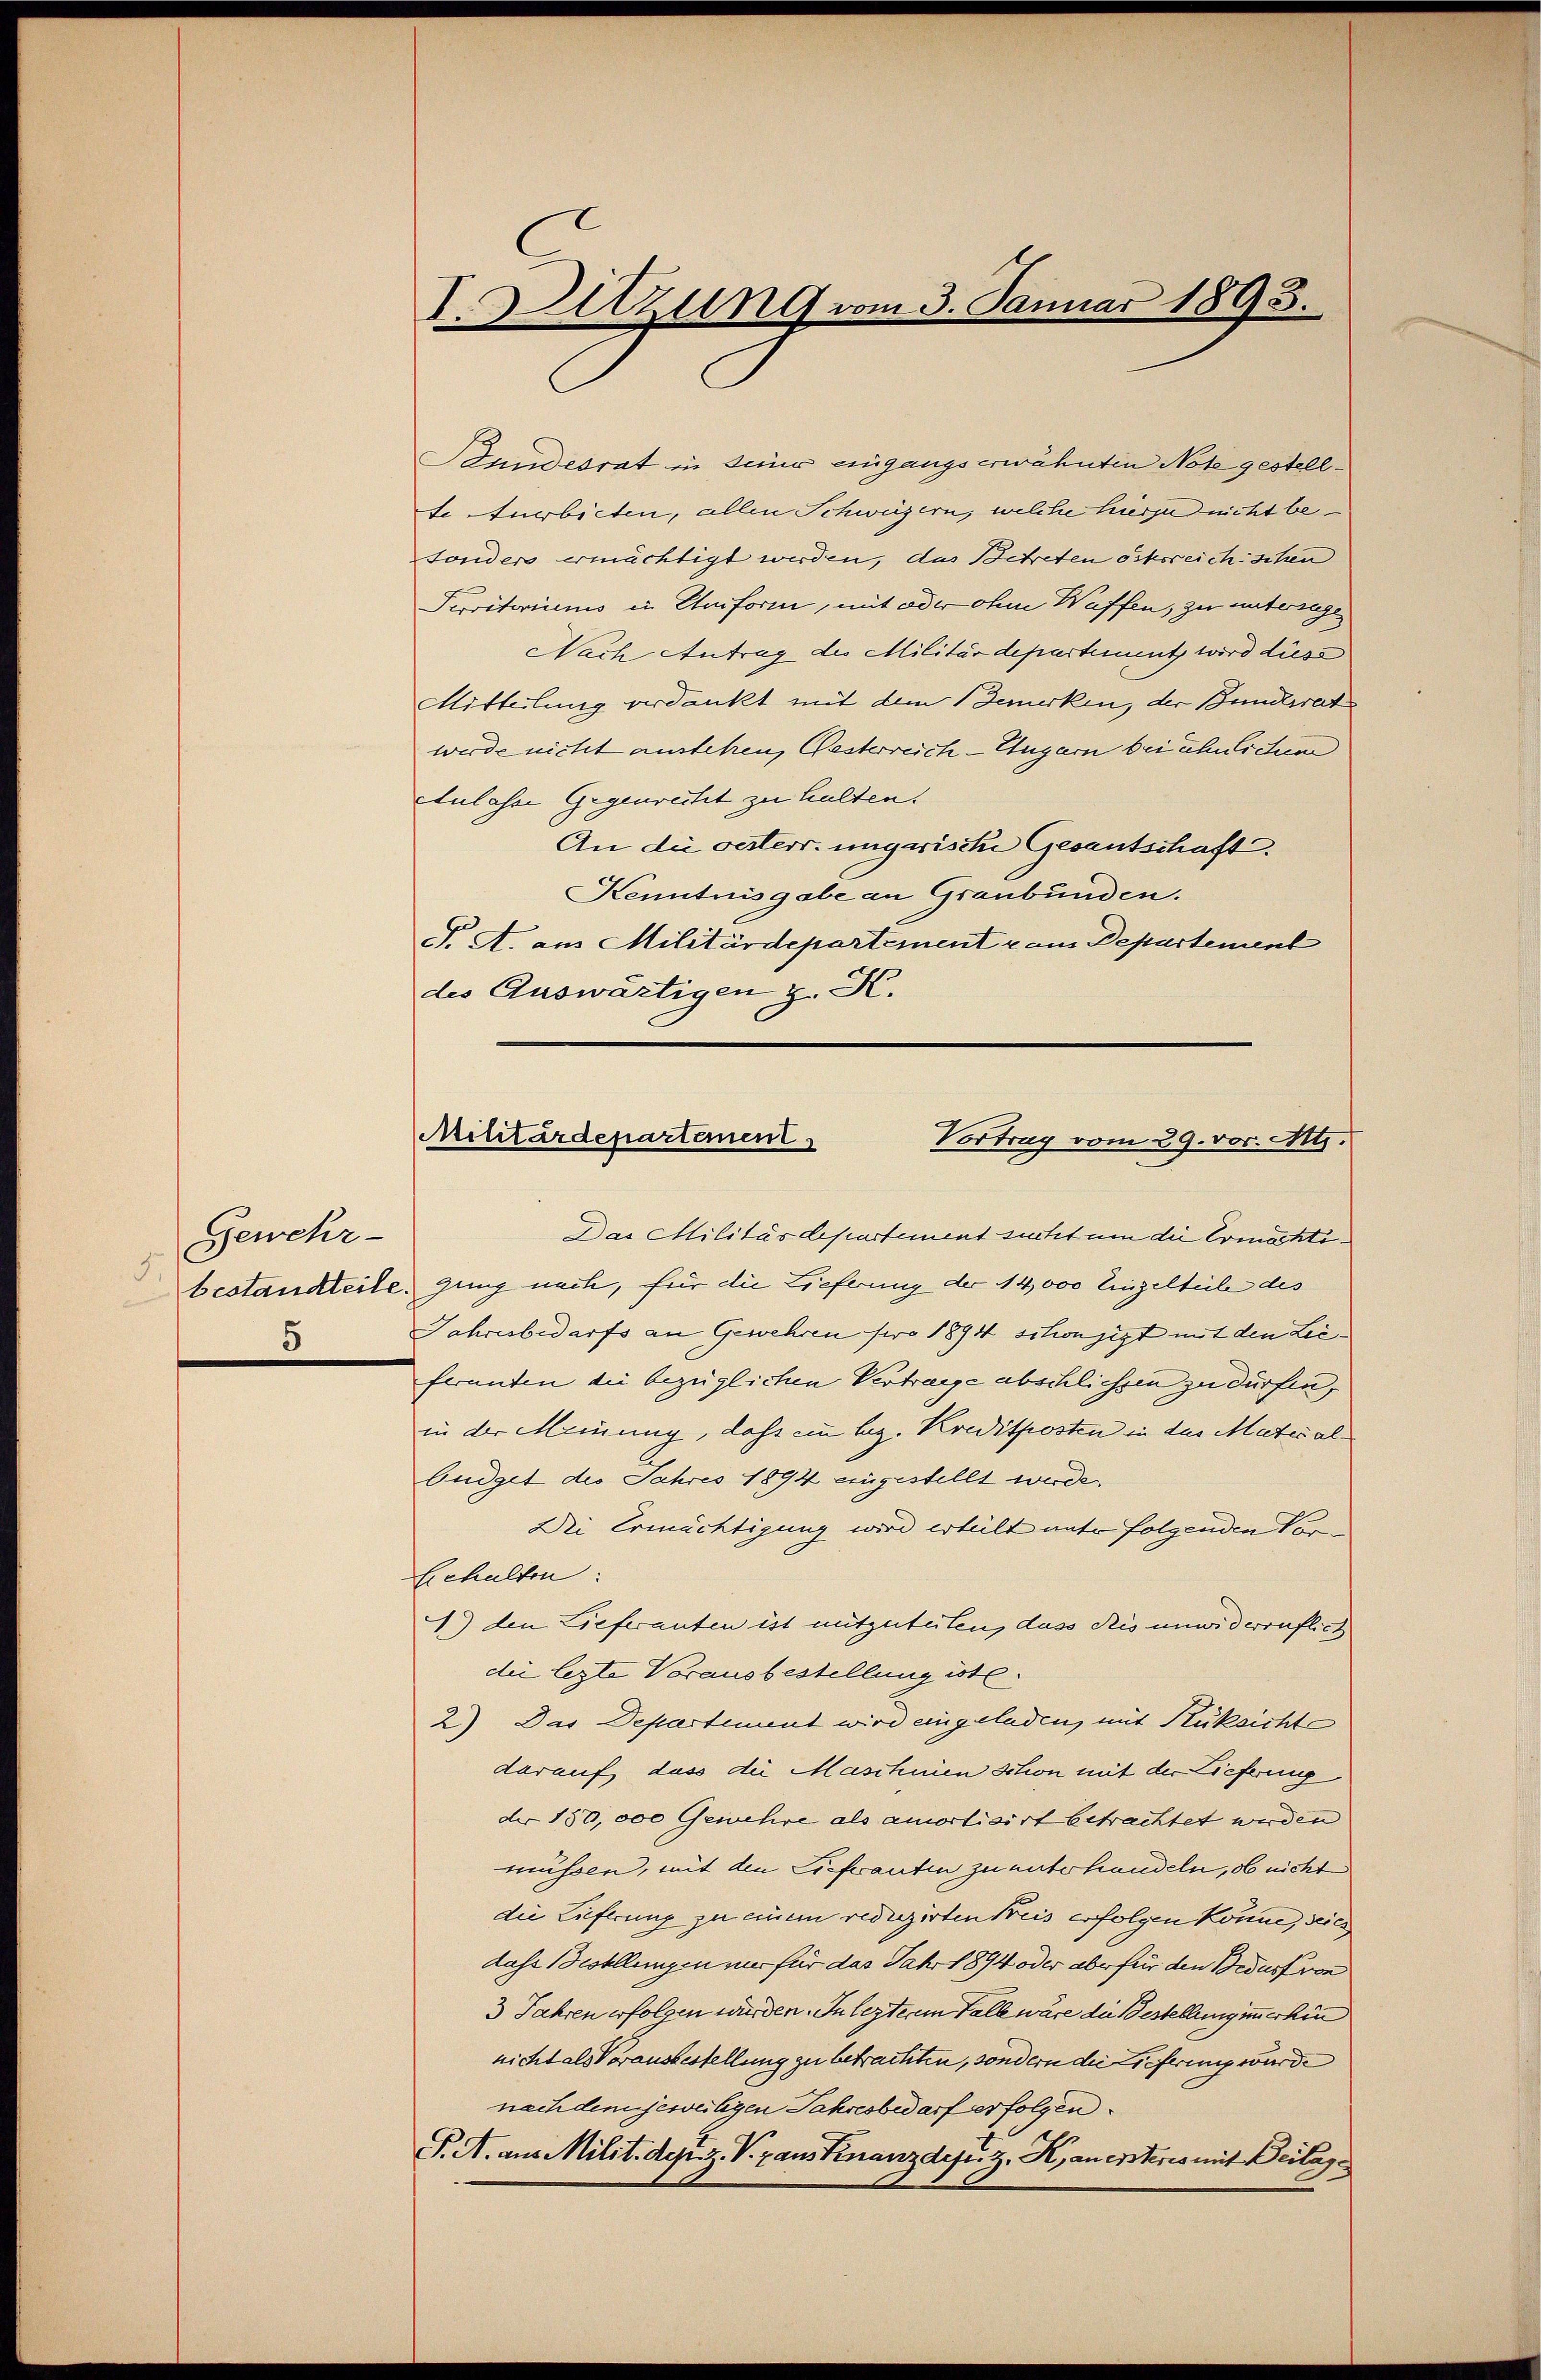
Gewehr-
5.
5

I. Setzung vom 3. Januar 1893.

Bundesrat in seiner eingangs erwähnten Note gestellte Anerbieten, allen Schweizern, welche hierzudnicht be¬
Fonders ermächtigt werden, das Betreten ostsreichischen
Serritoriums in Uniform, mit oder ohne Waffen, zu untersage
Nach Antrag des Militärdepartement wird diess
Mitteilung verdankt mit dem Bemerken, der Bundesrat
werde nicht austehen, Pesterreich-Ungarn bei ähnlichen
ctulasse Gegenrecht zu halten.
An die vesterr. ungarische Gesantschaft
Kenntnisgabe an Graubünden.
F. A. aus Militärdepartement vom Departement
des Auswärtigen z. K.

Militärdepartement
Vortrag vom 29. vor. Mts.

Das Militärdepartement suchzt um die Ermächtibestandteite, gung nach, für die Lieferung der 14,000 Eingelteile des
Jahresbedarfs an Gewehren pro 1894 schon jetzt mit den Leiferanten die bezüglichen Vertrage abschliessen zu dürfen,
in der Meinung, dass ein lag. Kreditposten in der Mater albüdget des Jahres 1894 eingestellt wurde.
Dei Ermächtigung wird erheilt unter folgenden Vor¬
Echalten:
d) den Lieferanten ist mitzuteilen, dass dies unwiderruflich
die legte Vorausbestellung ist.
2) Das Departement wird eingeladen, mit Rüksichte
darauf dass die Maschnien schon mit der Lieferung
der 150,000 Gewehre als amortisirt betrachtet werden
müssen, mit den Liefwanten zu unterhandeln, ob nicht
die Lieferung zu einem reduzirten Kreis erfolgen könne, seies
dass Bestellungen nur für das Jahr 1894 oder aber für den Beduss von
3 Jahren erfolgen würden. In lezterem Fall wäre die Bestellung immerhin
nicht als Vorausbestellung zu betrachten, sondern die Lieferung wurde
nach den jeweiligen Jahresbedarf erfolgen.
P. A. aus Milit. dez. V. raus Knanzdefiz. K. an ersterio mit Beilage